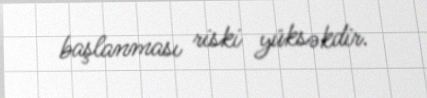
başlanması riski yüksəkdir.